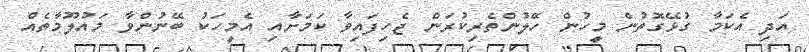
އަދި އެކަމާ ގުޅޭގޮތުން މީހުން ހޭލުންތެރިކުރަން ޖެހިފައިވާ ކަމަށާއި އެމީހަކު ބޭނުންވާ މައުލޫމާތެއް